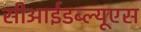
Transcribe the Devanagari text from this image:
सीआईडब्‍ल्‍यूएस